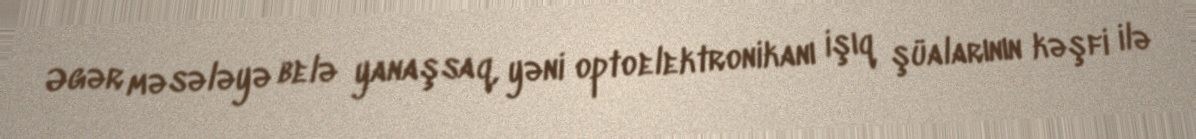
Əgər məsələyə belə yanaşsaq, yəni optoelektronikanı işıq şüalarının kəşfi ilə